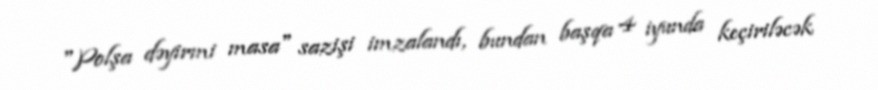
"Polşa dəyirmi masa" sazişi imzalandı, bundan başqa 4 iyunda keçiriləcək